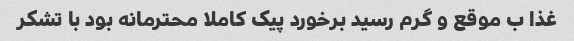
غذا ب موقع و گرم رسید برخورد پیک کاملا محترمانه بود با تشکر